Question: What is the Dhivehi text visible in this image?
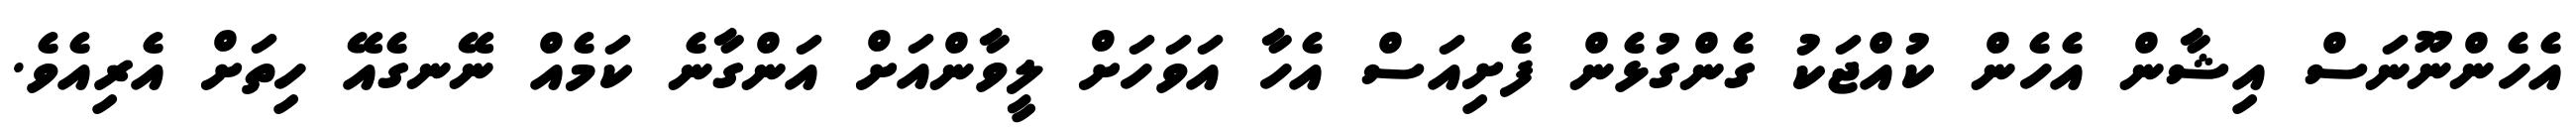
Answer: އެހެންނޫނަސް އިޝާން އެހެން ކުއްޖަކު ގެންގުޅެން ފެށިއަސް އެހާ އަވަހަށް ލީވާންއަށް އަންގާނެ ކަމެއް ނޭނގެއޭ ހިތަށް އެރިއެވެ.